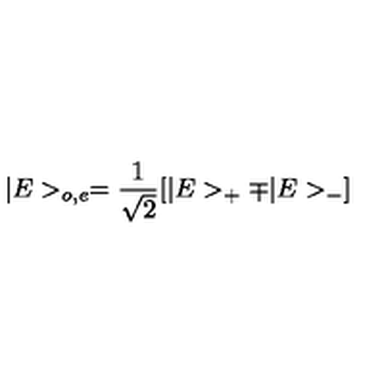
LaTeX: | E > _ { o , e } = \frac { 1 } { \sqrt 2 } [ | E > _ { + } \mp | E > _ { - } ]